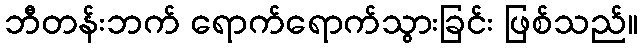
ဘီတန်းဘက် ရောက်ရောက်သွားခြင်း ဖြစ်သည်။